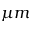
\mu m